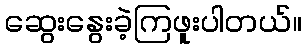
ဆွေးနွေးခဲ့ကြဖူးပါတယ်။